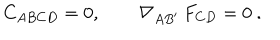
C _ { A B C D } = 0 , \qquad \nabla _ { A B ^ { \prime } } \, F _ { C D } = 0 \ .